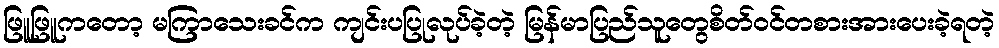
ဖြူဖြူကတော့ မကြာသေးခင်က ကျင်းပပြုလုပ်ခဲ့တဲ့ မြန်မာပြည်သူတွေစိတ်ဝင်တစားအားပေးခဲ့ရတဲ့